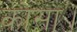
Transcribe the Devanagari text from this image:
कोसा।